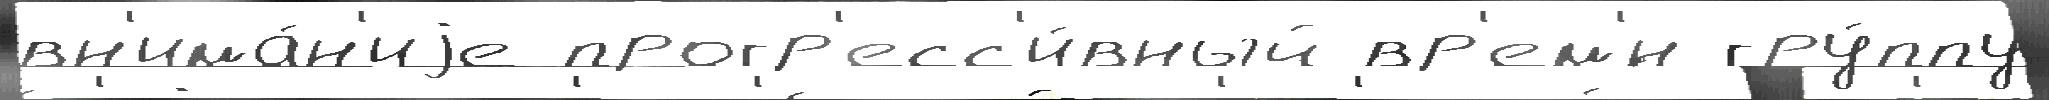
вн'има́н'иjе прогр'есс'и́вный вр'ем'́н гру́ппу